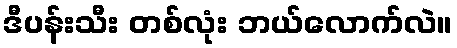
ဒီပန်းသီး တစ်လုံး ဘယ်လောက်လဲ။